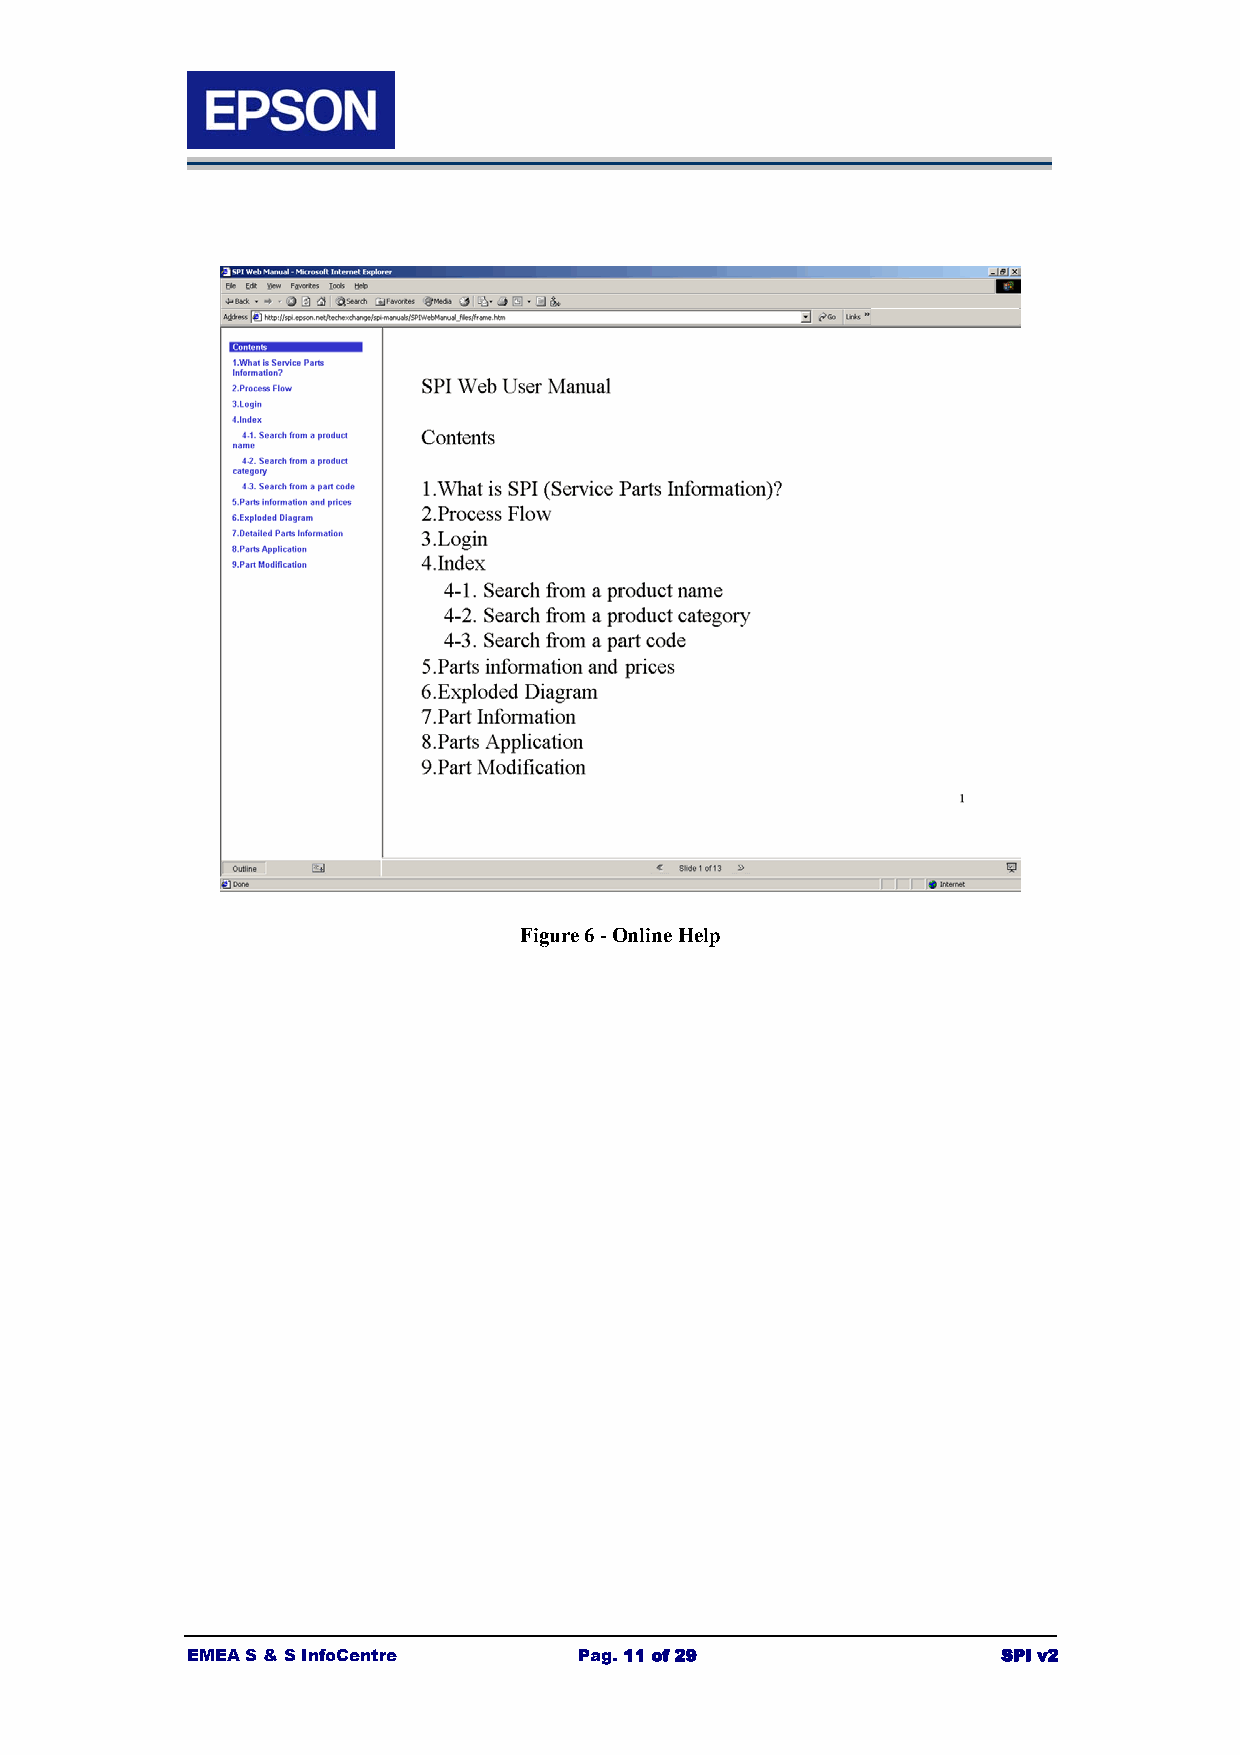
Figure 6 - Online Help
 EMEA S & S InfoCentre     Pag. 11 of 29               SPI v2